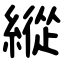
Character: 縱